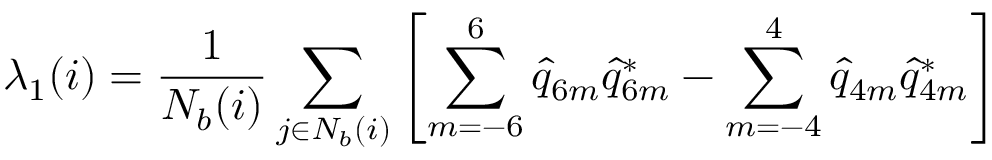
\lambda _ { 1 } ( i ) = \frac { 1 } { N _ { b } ( i ) } \sum _ { j \in N _ { b } ( i ) } \left[ \sum _ { m = - 6 } ^ { 6 } \hat { q } _ { 6 m } \hat { q } _ { 6 m } ^ { * } - \sum _ { m = - 4 } ^ { 4 } \hat { q } _ { 4 m } \hat { q } _ { 4 m } ^ { * } \right]